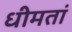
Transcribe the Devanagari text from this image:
धीमतां